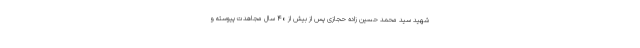
شهید سید محمد حسین زاده حجازی پس از بیش از ۴۰ سال مجاهدت پیوسته و